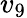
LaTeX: v_{9}